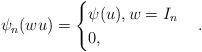
LaTeX: \begin{align*} \psi_{n}(wu)=\begin{cases} \psi(u), w=I_n\\ 0, \end{cases}.\end{align*}